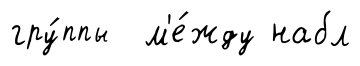
гру́ппы м'е́жду набл